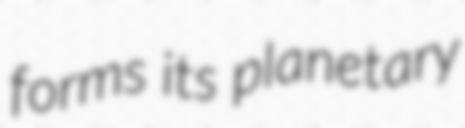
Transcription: forms its planetary